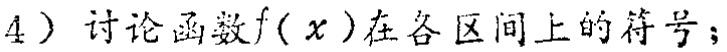
$4)$ 讨论函数\(f(x)\)在各区间上的符号；